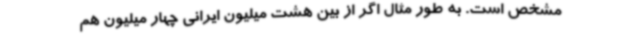
مشخص است. به طور مثال اگر از بین هشت میلیون ایرانی چهار میلیون هم